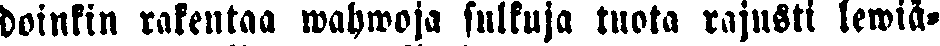
doinkin rakentaa wahwoja sulkuja tuota rajusti lewiä-